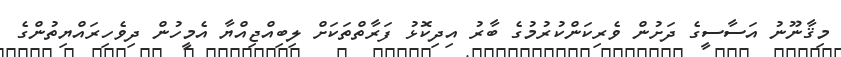
މިޤާނޫނު އަސާސީގެ ދަށުން ވެރިކަންކުރުމުގެ ބާރު އިދިކޮޅު ފަރާތްތަކަށް ލިބިއްޖިއްޔާ އެމީހުން ދިވެހިރައްޔިތުންގެ